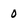
Character: 0